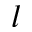
l